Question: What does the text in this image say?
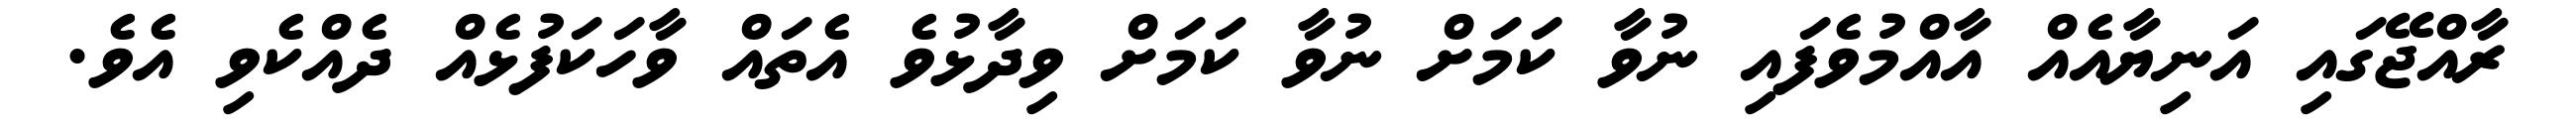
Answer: ރާއްޖޭގައި އަނިޔާއެއް އާއްމުވެފައި ނުވާ ކަމަށް ނުވާ ކަމަށް ވިދާޅުވެ އެތައް ވާހަކަފުޅެއް ދެއްކެވި އެވެ.